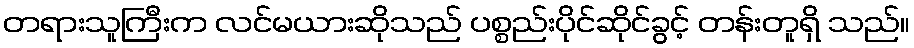
တရားသူကြီးက လင်မယားဆိုသည် ပစ္စည်းပိုင်ဆိုင်ခွင့် တန်းတူရှိ သည်။